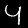
Label: 4